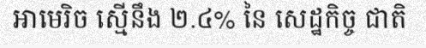
អាមេរិច ស្មើនឹង ២.៤% នៃ សេដ្ឋកិច្ច ជាតិ